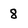
Character: 8